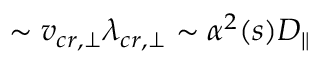
\sim v _ { c r , \bot } \lambda _ { c r , \bot } \sim \alpha ^ { 2 } ( s ) D _ { \| }